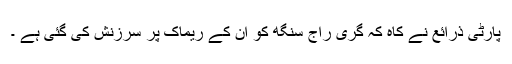
پارٹی ذرائع نے کاہ کہ گری راج سنگھ کو ان کے ریماک پر سرزنش کی گئی ہے ۔